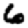
Digit: 6